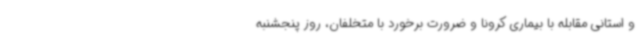
و استانی مقابله با بیماری کرونا و ضرورت برخورد با متخلفان، روز پنجشنبه